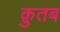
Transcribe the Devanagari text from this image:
क़ुतब